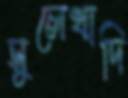
সুলেখাদি